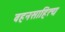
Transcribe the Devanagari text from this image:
वहनसाहित्य